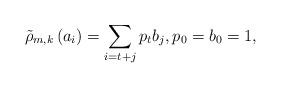
LaTeX: \begin{align*}\tilde{\rho}_{m,k} \left(a_i\right)=\sum_{i=t+j}p_tb_j, p_0=b_0=1,\end{align*}